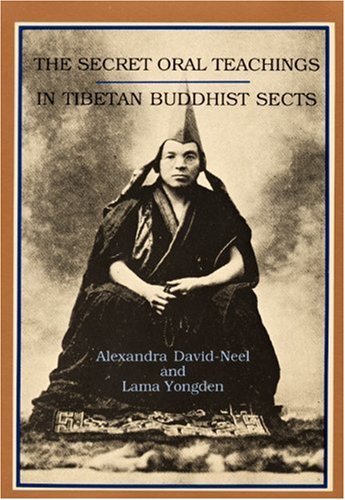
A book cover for The Secret Oral Teachings in Tibetan Buddhist Sects; Alexandra David-Neel; Religion & Spirituality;